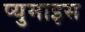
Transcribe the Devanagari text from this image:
प्युमाइस